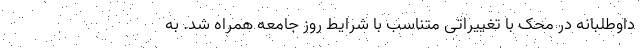
داوطلبانه در محک با تغییراتی متناسب با شرایط روز جامعه همراه شد. به